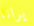
يرانا